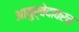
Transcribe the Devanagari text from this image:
आयुर्वेदावरच